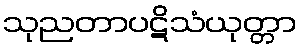
သုညတာပဋိသံယုတ္တာ